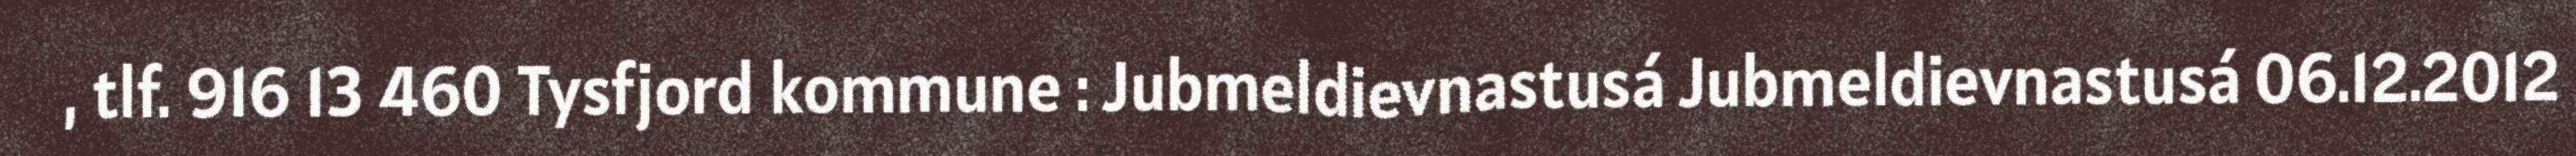
, tlf. 916 13 460 Tysfjord kommune : Jubmeldievnastusá Jubmeldievnastusá 06.12.2012